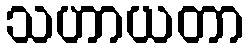
သဟာယတာ